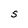
Character: S